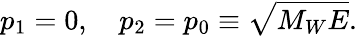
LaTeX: p_{1}=0,\ \ \ \ p_{2}=p_{0}\equiv\sqrt{M_{W}E}.